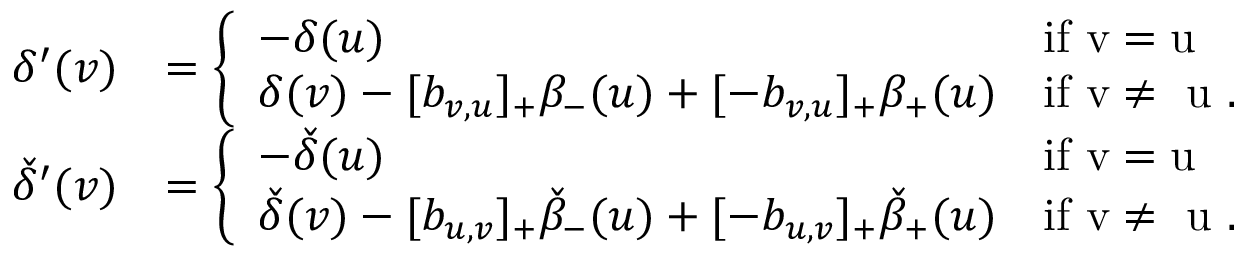
\begin{array} { r l } { \delta ^ { \prime } ( v ) } & { = \left\{ \begin{array} { l l } { - \delta ( u ) } & { \mathrm { i f ~ v = u ~ } } \\ { \delta ( v ) - [ b _ { v , u } ] _ { + } \beta _ { - } ( u ) + [ - b _ { v , u } ] _ { + } \beta _ { + } ( u ) } & { \mathrm { i f ~ v \neq ~ u ~ . } } \end{array} \right. } \\ { { \check { \delta } } ^ { \prime } ( v ) } & { = \left\{ \begin{array} { l l } { - { \check { \delta } } ( u ) } & { \mathrm { i f ~ v = u ~ } } \\ { { \check { \delta } } ( v ) - [ b _ { u , v } ] _ { + } { \check { \beta } } _ { - } ( u ) + [ - b _ { u , v } ] _ { + } { \check { \beta } } _ { + } ( u ) } & { \mathrm { i f ~ v \neq ~ u ~ . } } \end{array} \right. } \end{array}